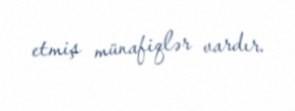
etmiş münafiqlər vardır.